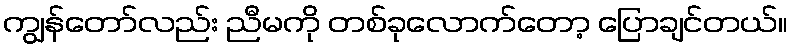
ကျွန်တော်လည်း ညီမကို တစ်ခုလောက်တော့ ပြောချင်တယ်။